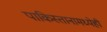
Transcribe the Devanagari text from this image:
पाकिस्तानामध्येही